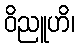
ဝိညူဟိ၊